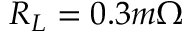
R _ { L } = 0 . 3 m \Omega